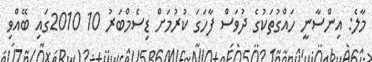
މާލެ: އިންސާނީ ހައްގުތަކުގެ ދުވަސް ފާހަގަ ކުރުމަށް ޑިސެމްބަރު 10 2010ގައި ބޭއްވި